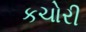
કચોરી